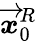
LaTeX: \overrightarrow{\mathbfit{x}}_{0}^{R}